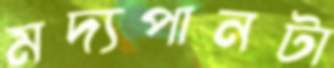
মদ্যপানটা